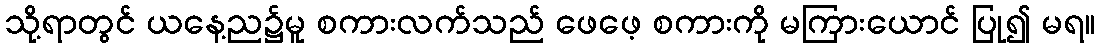
သို့ရာတွင် ယနေ့ည၌မူ စကားလက်သည် ဖေဖေ့ စကားကို မကြားယောင် ပြု၍ မရ။